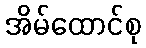
အိမ်ထောင်စု